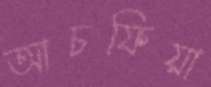
আচফিয়া